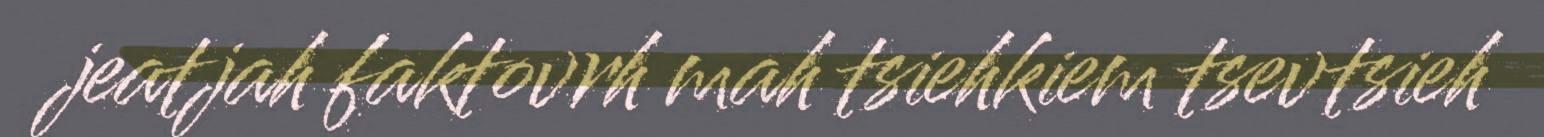
jeatjah faktovrh mah tsiehkiem tsevtsieh